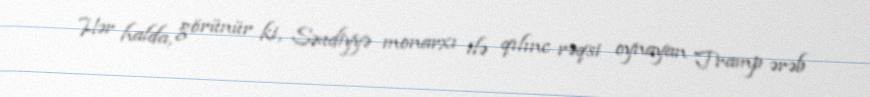
Hər halda, görünür ki, Səudiyyə monarxı ilə qılınc rəqsi oynayan Tramp ərəb